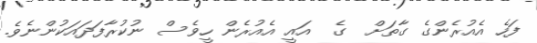
ފަހެ އެއުރެންގެ ގާތަށް  ގެ  އައީ އެއުރެން ހީވެސް ނުކުރާފަދައަކުންނެވެ.